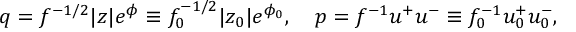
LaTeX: q = f ^ { - 1 / 2 } | z | e ^ { \phi } \equiv f _ { 0 } ^ { - 1 / 2 } | z _ { 0 } | e ^ { \phi _ { 0 } } , \quad p = f ^ { - 1 } u ^ { + } u ^ { - } \equiv f _ { 0 } ^ { - 1 } u _ { 0 } ^ { + } u _ { 0 } ^ { - } ,